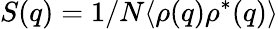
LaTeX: S(q)=1/N\langle\rho(q)\rho^{\ast}(q)\rangle